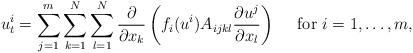
LaTeX: \begin{align*}u^i_t=\sum_{j=1}^m\sum_{k=1}^N\sum_{l=1}^N\frac{\partial}{\partial x_k}\left(f_i(u^i)A_{ijkl}\frac{\partial u^j}{\partial x_l}\right)\quad\mbox{ for } i=1,\ldots,m,\end{align*}